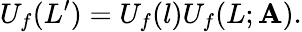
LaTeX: U_{f}(L^{\prime})=U_{f}(l)U_{f}(L;\mathbf{A}).